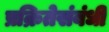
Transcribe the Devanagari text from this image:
प्रक्रितेसंबंधी